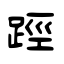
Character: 踁